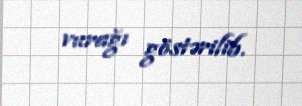
vurağı göstərilib.